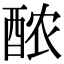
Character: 𬪩